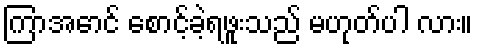
ကြာအောင် စောင့်ခဲ့ရဖူးသည် မဟုတ်ပါ လား။